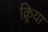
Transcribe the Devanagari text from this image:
क्र्रिया